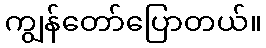
ကျွန်တော်ပြောတယ်။